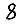
Digit: 8